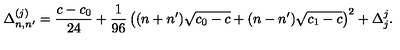
\Delta _ { n , n ^ { \prime } } ^ { ( j ) } = { \frac { c - c _ { 0 } } { 2 4 } } + { \frac { 1 } { 9 6 } } \left( ( n + n ^ { \prime } ) \sqrt { c _ { 0 } - c } + ( n - n ^ { \prime } ) \sqrt { c _ { 1 } - c } \right) ^ { 2 } + \Delta _ { j } ^ { j } { } .